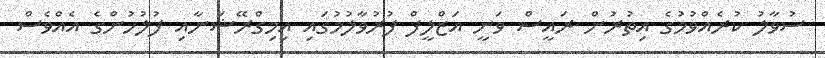
ސުވާލު ކުރެއްވުމުގެ އިތުރުން ރައީސް ވަނީ އަޒްލީފް ފުރުވާލުމުގައި އިމިގްރޭޝަނާއި ފުލުހުންގެ އެއްވެސް